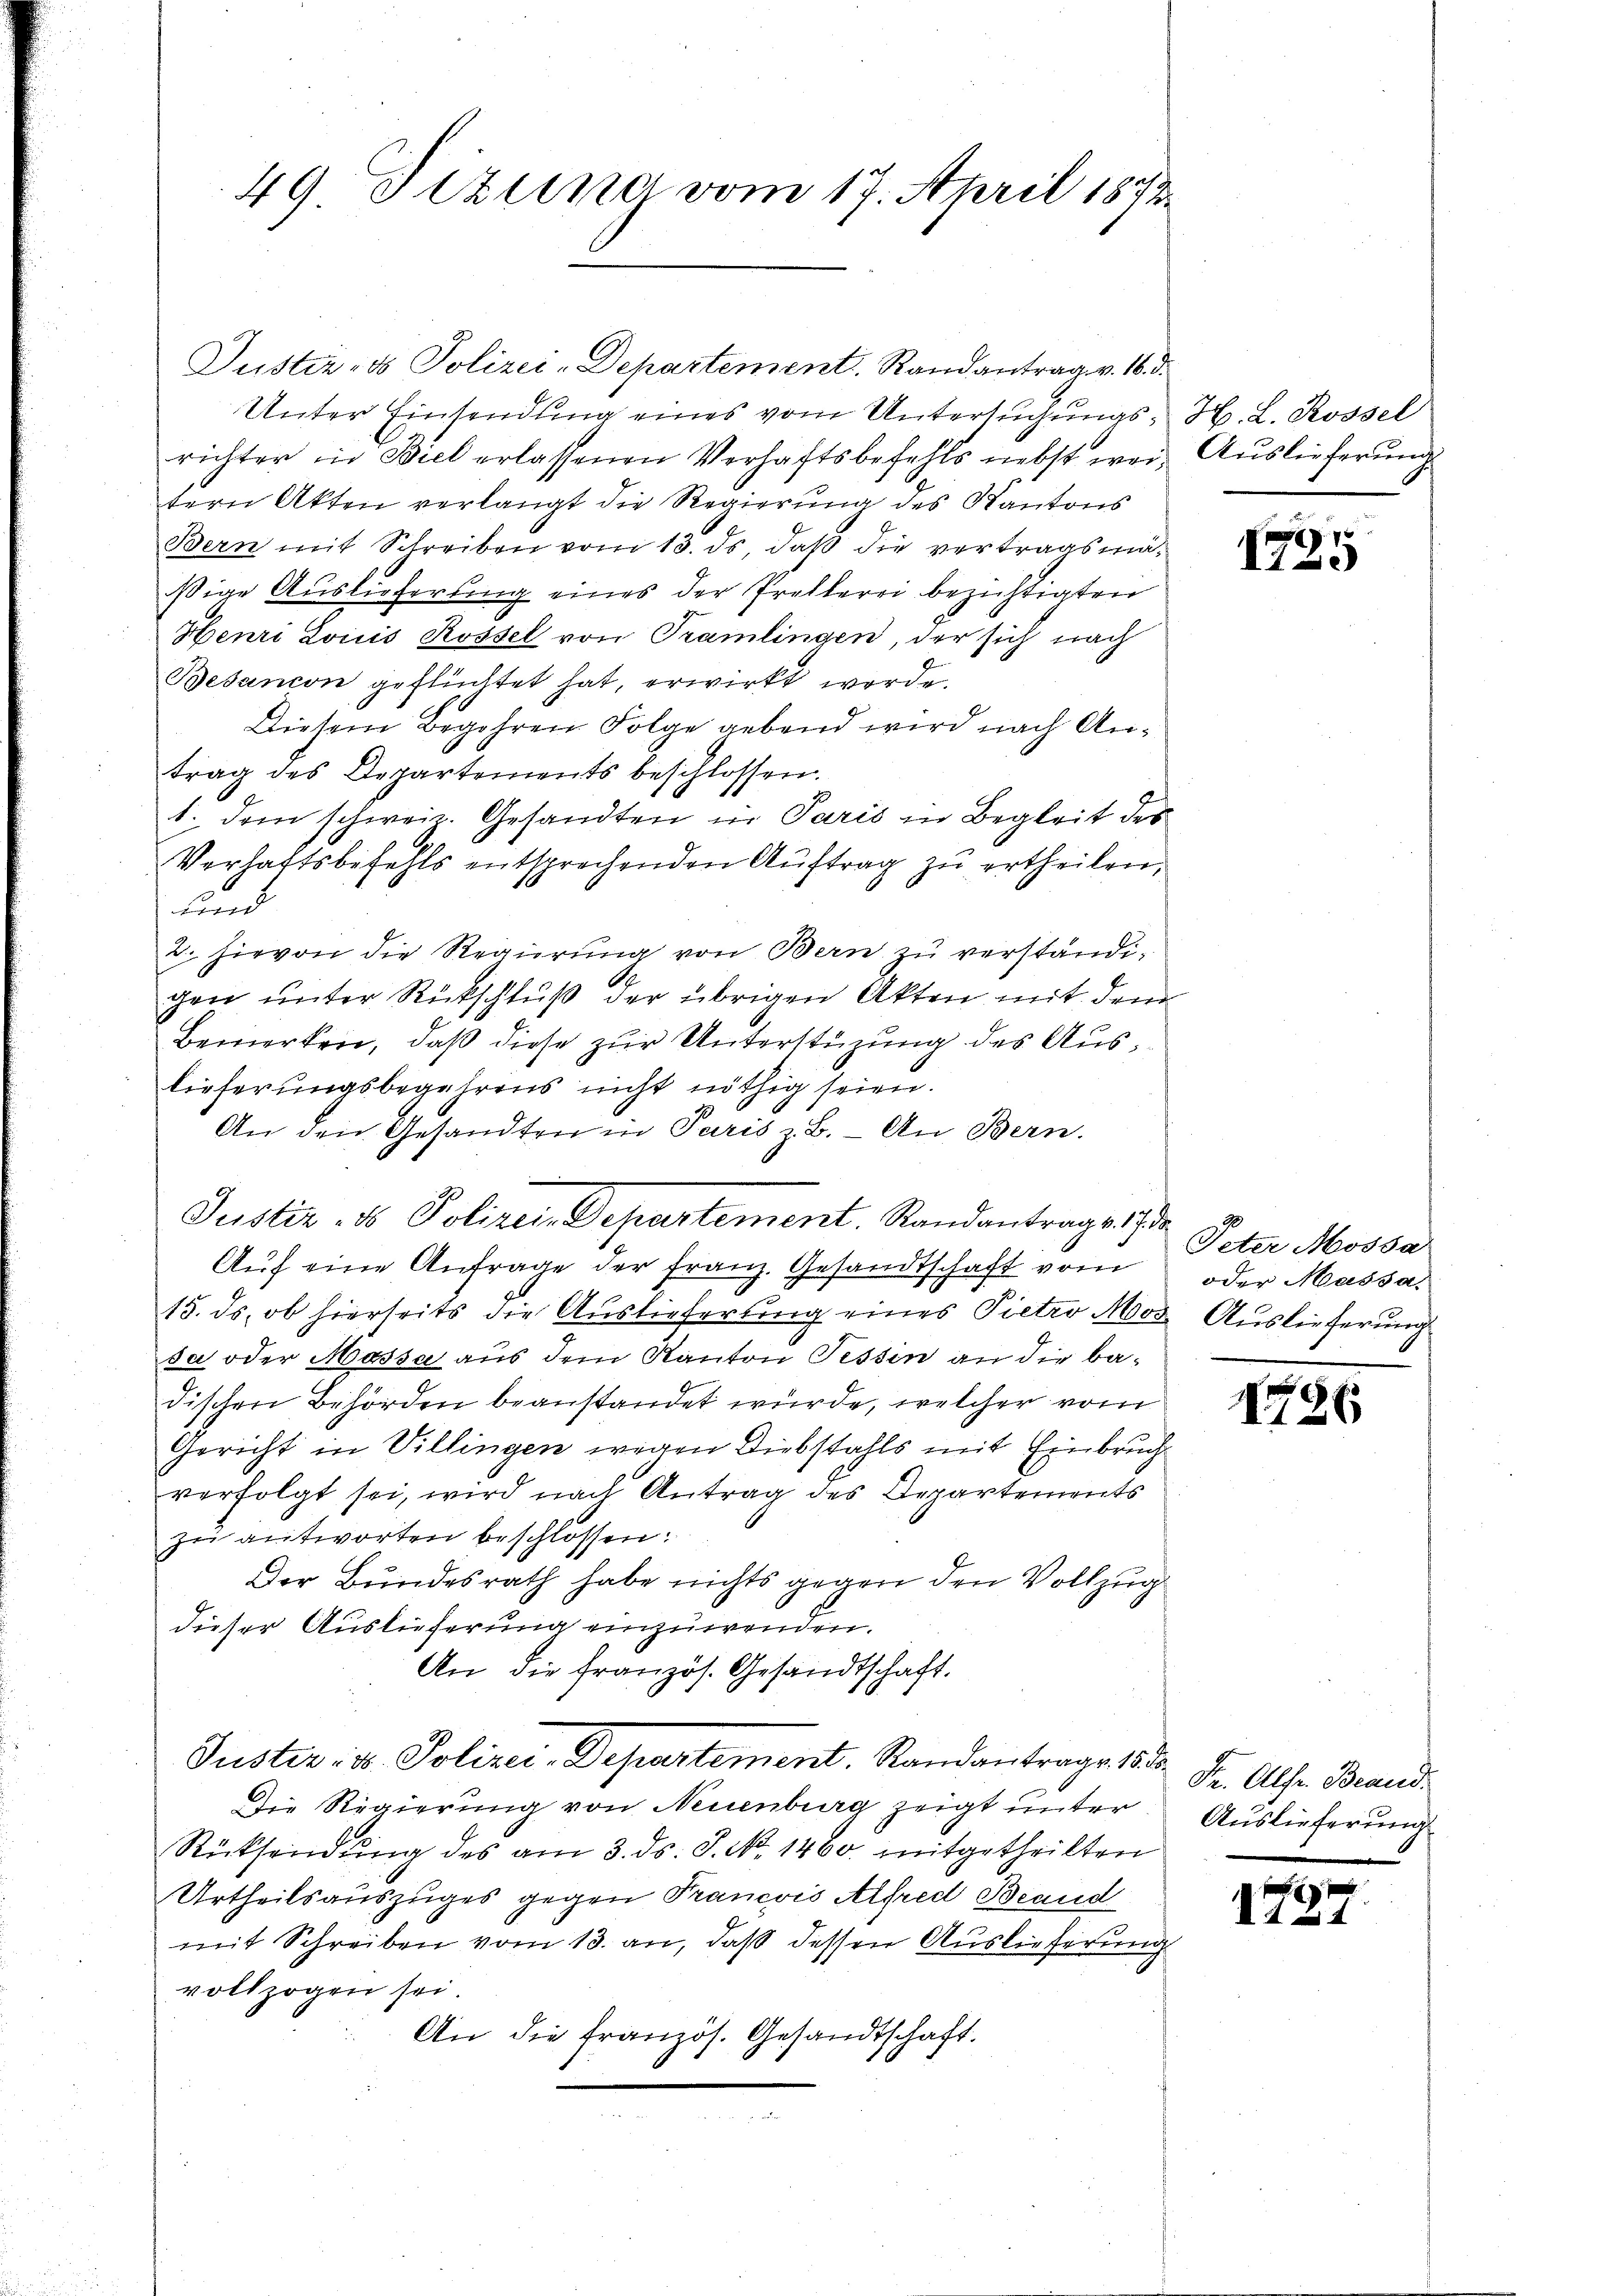
49 Tizung vom 17. April 1873

Justiz- & Polizei-Departement. Randantrag v. 16. d.
Unter Einsendung eines vom Untersuchungsrichter in Biel erlassenen Verhaftsbefehls nebst wei Auslieferung
tern Akten verlangt die Regierŭng des Kantons
Bern mit Schreiben vom 13. ds, daß die vertragsmäßige Auslieferung eines der Pretterei bezichtigten
Henri Louis Rossel von Tramlingen, der sich nach
Besançon geflüchtet hat, erwirkt werde.
Diesem Begehren Folge gebend wird nach Antrag des Departements beschlossen.
1. dem schweiz. Gesandten in Paris in Begleit des
Verhaftsbefehls entsprechenden Aŭftrag zŭ ertheilen,
und
2. hievon die Regierŭng von Bern zu verständigen unter Rückschluß der übrigen Akten mit dem
Bemerken, daß diese zur Unterstüzung des Auslieferungsbegehrens nicht nöthig seien.
An den Gesandten in Paris z. B. - An Bern.
Justiz- & Polizei-Departement. Randantrage de
Aŭf eine Anfrage der Franz. Gesandtschaft vom
15. ds. ob hierseits die Auslieferung eines Pietro Moz
sa oder Hassa aus dem Kanton Tessin an die Badischen Behörden beanstandet wurde, welcher vom
Gericht in Villingen wegen Diebstahls mit Einbruch
verfolgt sei, wird nach Antrag des Departements
zu antworten beschlossen:
Der Bundesrath habe nichts gegen den Vollzug
dieser Auslieferung einzuwenden.
An die französ. Gesandtschaft.
Juster: v. Polizei-Departement. Randantrage 1850 Fr. Alser Brand
Die Regierung von Neuenburg zeigt unter
Rücksendung des am 3. ds. S. No. 1460. mitgetheilten
Urtheilsauszuges gegen Prancois Alfred Beaud
mit Schreiben vom 13. an, daß dessen Auslieferung
vollzogen sei.
An die französ. Gesandtschaft.
u wiede

H. L. Rossel

x
1735

Peter Mossa
oder Massa,
2. Auslieferung

1786

Auslieferung

.
V 121